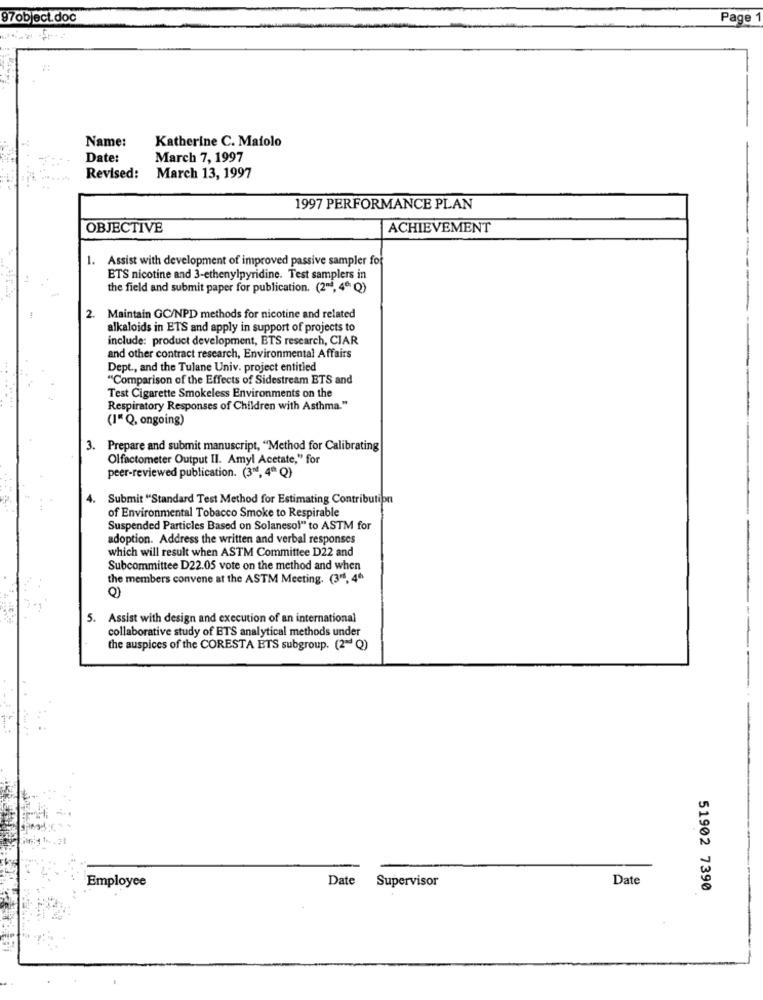
97object.doc
Page 1
Name:
Katherine C. Maiolo
Date:
March 7, 1997
Revised:
March 13, 1997
1997 PERFORMANCE PLAN
OBJECTIVE
ACHIEVEMENT
1. Assist with development of improved passive sampler for
ETS nicotine and 3-ethenylpyridine. Test samplers in
the field and submit paper for publication. (2", 4" Q)
2. Maintain GC/NPD methods for nicotine and related
alkaloids in ETS and apply in support of projects to
include: product development, ETS research, CIAR
and other contract research, Environmental Affairs
Dept ., and the Tulane Univ. project entitled
"Comparison of the Effects of Sidestream ETS and
Test Cigarette Smokeless Environments on the
Respiratory Responses of Children with Asthma."
(I" Q, ongoing)
3. Prepare and submit manuscript, "Method for Calibrating
Olfactometer Output II. Amyl Acetate," for
peer-reviewed publication. (3", 4ªª Q)
4.
Submit "Standard Test Method for Estimating Contribution
of Environmental Tobacco Smoke to Respirable
Suspended Particles Based on Solanesol" to ASTM for
adoption. Address the written and verbal responses
which will result when ASTM Committee D22 and
Subcommittee D22.05 vote on the method and when
the members convene at the ASTM Meeting. (3", 4"
Q)
5. Assist with design and execution of an international
collaborative study of ETS analytical methods under
the auspices of the CORESTA ETS subgroup. (2= Q)
Employee
Date
Supervisor
Date
51902 7390